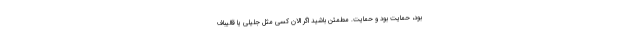
بود، حمایت بود و حمایت. مطمئن باشید اگر الان کسی مثل جلیلی یا قالیباف